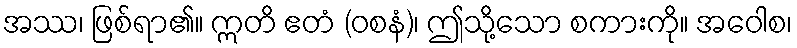
အဿ၊ ဖြစ်ရာ၏။ ဣတိ ဧတံ (ဝစနံ)၊ ဤသို့သော စကားကို။ အဝေါစ၊